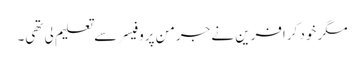
مگر خود کرافرین نے جرمن پروفیسر سے تعلیم لی تھی۔